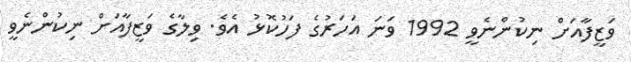
ވަޒީފާއަށް ނިކުންނެވީ 1992 ވަނަ އަހަރުގެ ފަހުކޮޅު އެވެ. ވިލާގެ ވަޒީފާއަށް ނިކުންނެވީ